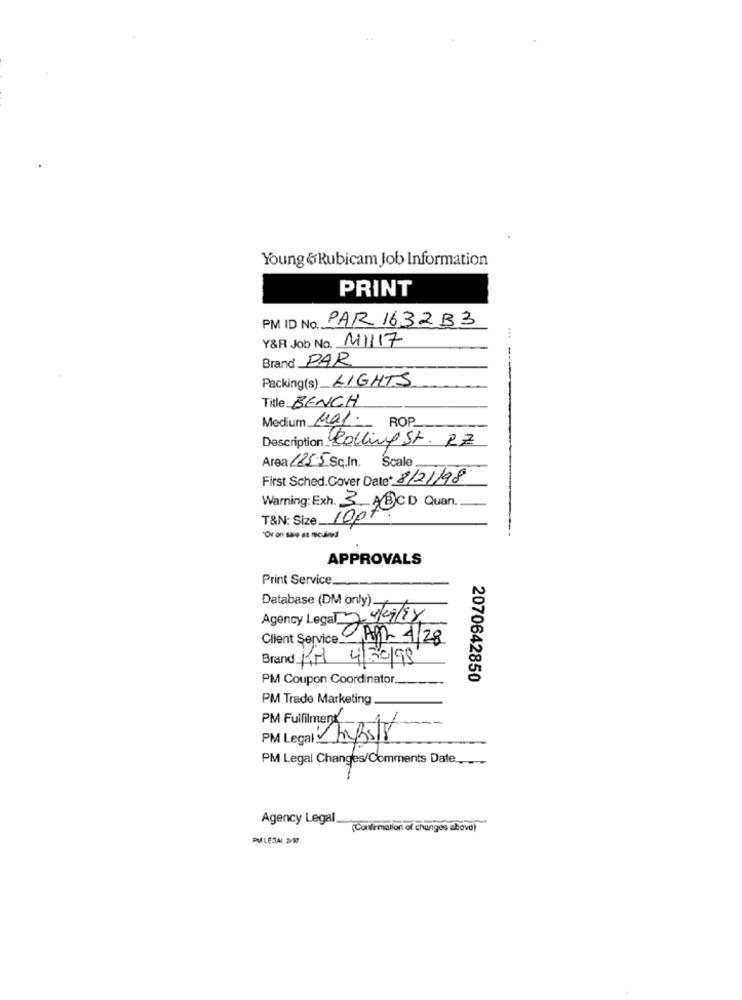
Young &Rubicam Job Information
PRINT
PAR 1632B3
PM ID No.
Y&R Job No. M1117
...
Brand PAR
Packing(s) LIGHTS
Title BENCH
Medium May.
ROP
Description Rolling St. RZ
Area 125.5 Sq.In. Scale.
First Sched.Cover Date* 8/21/98
Warning: Exh. 3. ABCD Quan.
T&N: Size.
10pt
APPROVALS
Print Service.
Database (DM only).
Agency Legal 2 4/09/88
Client Service.
0 Am- 4/28
Brand KRI 4/30/98
PM Coupon Coordinator,
2070642850
PM Trade Marketing
PM Fulfilment
---
PM Legal: LBs18
PM Legal Changes/Comments Date __
Agency Legal
(Confirmation of chungos above)
PU LEZAL 2017